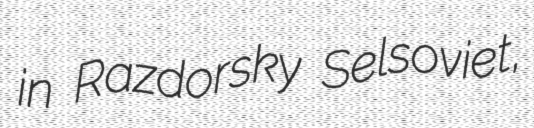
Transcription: in Razdorsky Selsoviet,